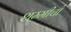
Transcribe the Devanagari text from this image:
शम्मीची